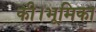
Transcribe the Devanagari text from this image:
की।भूमिका